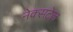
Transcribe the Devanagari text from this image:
नेक्सटेल